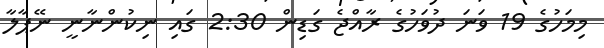
މިމަހުގެ 19 ވަނަ ދުވަހުގެ ރާއްޖެ ގަޑިން 2:30 ގައި ނިކުންނާނީ ނޭޕާލާ